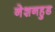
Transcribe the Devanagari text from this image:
नेशनहुड